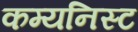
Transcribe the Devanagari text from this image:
कम्यनिस्ट